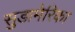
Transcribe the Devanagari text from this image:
सुडामेरिका